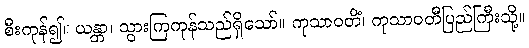
စီးကုန်၍။ ယန္တာ၊ သွားကြကုန်သည်ရှိသော်။ ကုသာဝတိံ၊ ကုသာဝတီပြည်ကြီးသို့။